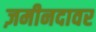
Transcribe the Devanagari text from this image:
ज़मीनदावर